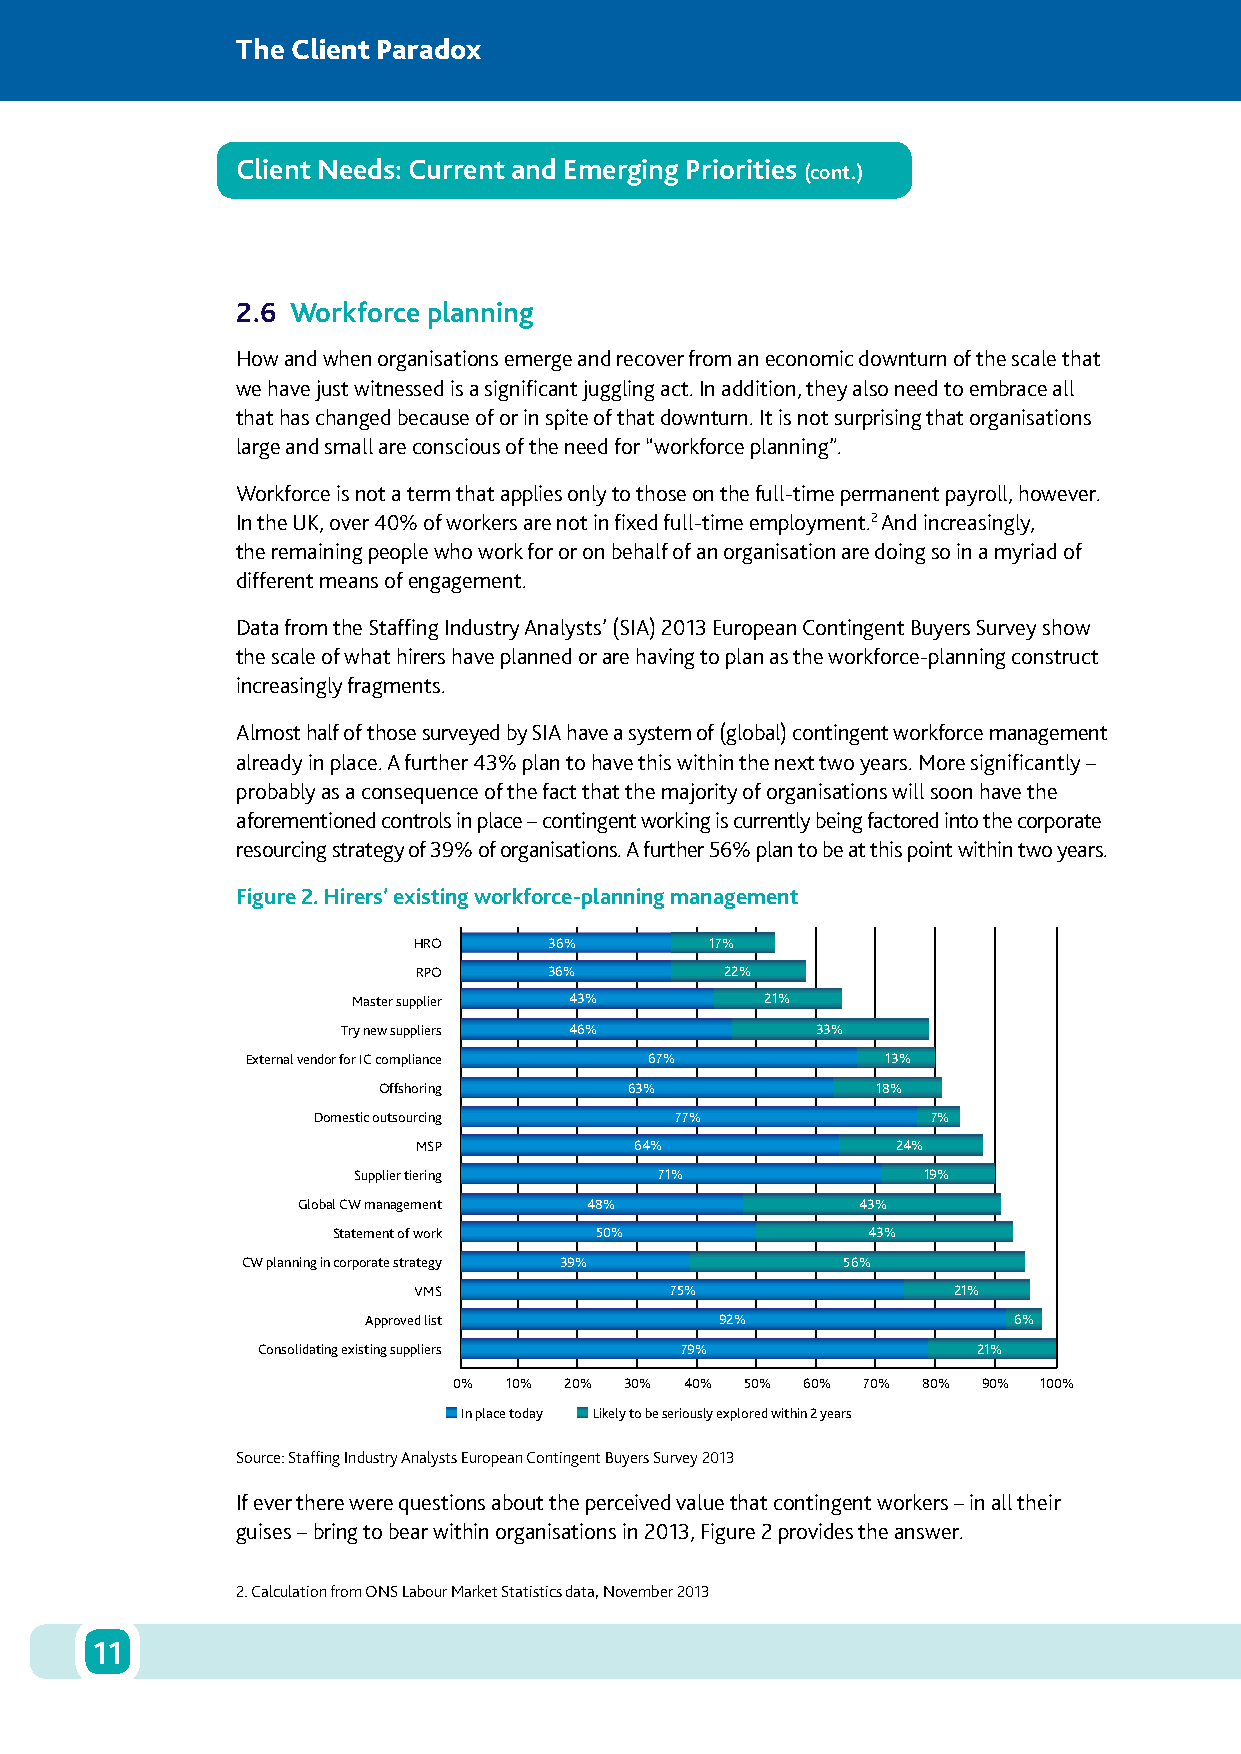
The Client Paradox
 Client Needs: Current and Emerging Priorities
 (cont.)
 2.6 Workforce planning
 How and when organisations emerge and recover from an economic downturn of the scale that
 we have just witnessed is a significant juggling act. In addition, they also need to embrace all
 that has changed because of or in spite of that downturn. It is not surprising that organisations
 large and small are conscious of the need for “workforce planning”.
 Workforce is not a term that applies only to those on the full-time permanent payroll, however.
 In the UK, over 40% of workers are not in fixed full-time employment.2 And increasingly,
 the remaining people who work for or on behalf of an organisation are doing so in a myriad of
 different means of engagement.
 Data from the Staffing Industry Analysts’ (SIA) 2013 European Contingent Buyers Survey show
 the scale of what hirers have planned or are having to plan as the workforce-planning construct
 increasingly fragments.
 Almost half of those surveyed by SIA have a system of (global) contingent workforce management
 already in place. A further 43% plan to have this within the next two years. More significantly –
 probably as a consequence of the fact that the majority of organisations will soon have the
 aforementioned controls in place – contingent working is currently being factored into the corporate
 resourcing strategy of 39% of organisations. A further 56% plan to be at this point within two years.
 Figure 2. Hirers’ existing workforce-planning management
 HRO      36%        17%
 RPO     36%         22%
 Master supplier 43%         21%
 Try new suppliers 46%          33%
 External vendor for IC compliance 67%      13%
 Offshoring       63%             18%
 Domestic outsourcing    77%              7%
 MSP           64%              24%
 Supplier tiering     71%              19%
 Global CW management 48%             43%
 Statement of work 50%              43%
 CW planning in corporate strategy 39%   56%
 VMS              75%                21%
 Approved list           92%                6%
 Consolidating existing suppliers 79%            21%
 0% 10% 20% 30% 40% 50% 60% 70% 80% 90% 100%
 In place today Likely to be seriously explored within 2 years
 Source: Staffing Industry Analysts European Contingent Buyers Survey 2013
 If ever there were questions about the perceived value that contingent workers – in all their
 guises – bring to bear within organisations in 2013, Figure 2 provides the answer.
 2. Calculation from ONS Labour Market Statistics data, November 2013
 11